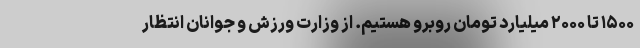
۱۵۰۰ تا ۲۰۰۰ میلیارد تومان روبرو هستیم. از وزارت ورزش و جوانان انتظار